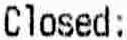
CLOSED: